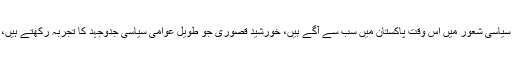
اور اسی طرح سندھیوں کے لیے بھی جو سیاسی شعور میں اس وقت پاکستان میں سب سے آگے ہیں، خورشید قصوری جو طویل عوامی سیاسی جدوجہد کا تجربہ رکھتے ہیں، سندھیوں کے ہیروز میں شمار ہوتے ہیں۔